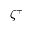
\zeta ^ { + }